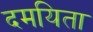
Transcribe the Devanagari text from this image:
दमयिता